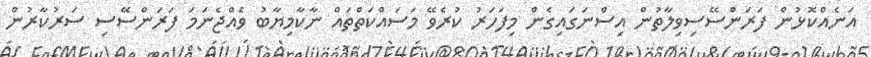
އަނެއްކޮޅުން ފަރަންސޭސިވިލާތުން އިސްނަގައިގެން މިފަހަރު ކުރެވޭ މަސައްކަތްތައް ނާކާމިޔާބު ވެއްޖެނަމަ ފަރަންސޭސި ސަރުކާރުން